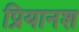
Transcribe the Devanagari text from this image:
प्रियानश